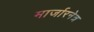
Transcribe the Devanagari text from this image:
मार्जारनेत्र